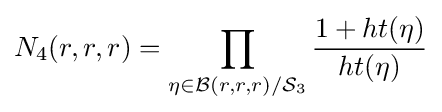
N_{4}(r,r,r)=\prod _{\eta \in {\mathcal {B}}(r,r,r)/{\mathcal {S}}_{3}}{\frac {1+ht(\eta )}{ht(\eta )}}